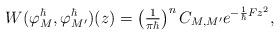
LaTeX: \begin{align*}W(\varphi^\hbar_M,\varphi^\hbar_{M'})(z)=\left( \tfrac{1}{\pi\hbar}\right)^{n}C_{M,M'}e^{-\frac{1}{\hbar}Fz^{2}},\end{align*}